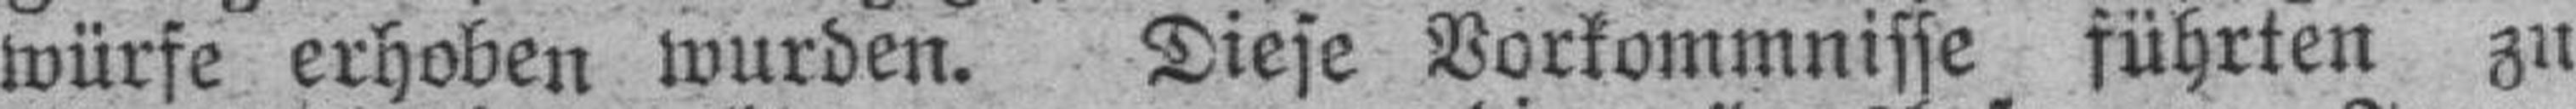
würfe erhoben wurden. Diese Vorkommnisse führten zu